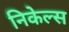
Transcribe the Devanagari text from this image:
निकेल्स